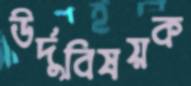
উর্দুবিষয়ক